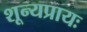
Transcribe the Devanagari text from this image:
शून्यप्रायः